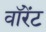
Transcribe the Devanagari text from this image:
वॉरेंट